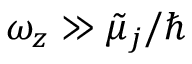
\omega _ { z } \gg \tilde { \mu } _ { j } / \hbar